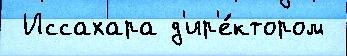
 Иссахара д'ир'е́ктором